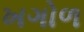
ખગોળ